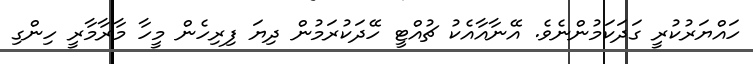
ހައްޔަރުކުރީ ގަދަކަމުންނެވެ. އޭނާއާއެކު ޗުއްޓީ ހޭދަކުރަމުން ދިޔަ ފިރިހެން މީހާ މާރާމާރީ ހިންގި